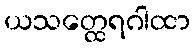
ယသတ္ထေရဂါထာ